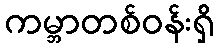
ကမ္ဘာတစ်ဝန်းရှိ